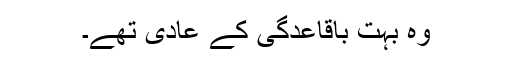
وہ بہت باقاعدگی کے عادی تھے۔